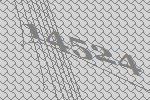
14524